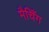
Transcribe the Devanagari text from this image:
मैचिँग